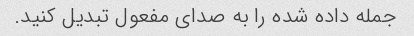
جمله داده شده را به صدای مفعول تبدیل کنید.